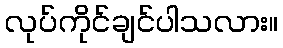
လုပ်ကိုင်ချင်ပါသလား။